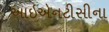
આઇએનટીસીના